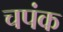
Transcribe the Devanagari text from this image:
चपंक